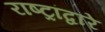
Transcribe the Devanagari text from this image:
राष्ट्रांद्वारे